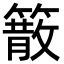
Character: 䉈